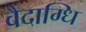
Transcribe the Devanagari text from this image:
वैदाग्धि